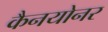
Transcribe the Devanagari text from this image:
कैनयोनर